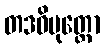
တဒဓိမုတ္တော